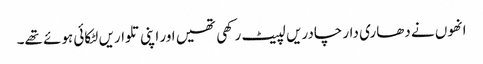
انھوں نے دھاری دار چادریں لپیٹ رکھی تھیں اور اپنی تلواریں لٹکائی ہوئے تھے۔